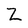
Character: Z